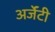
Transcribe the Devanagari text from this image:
अर्जेंटी